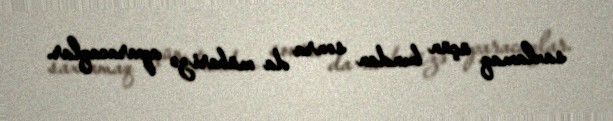
saxlamaq üçün bundan sonra da mübarizə aparacaqlar.